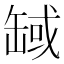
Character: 𦈸